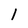
Character: 1